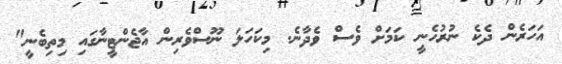
އަހަރެން ދެކެ ނުރުހެނީ ކަމަށް ވެސް ވެދާނެ. މިކަހަލަ ނޫސްވެރިން އާޖެންޓީނާގައި މިތިބެނީ"